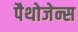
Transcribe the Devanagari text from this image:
पैथोजेन्स